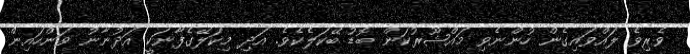
ވެރިވެ ލައްވައިގެން ހުންނެވި މައްޝޫރުކަން ބޮޑު ބޭކަލެކެވެ. އަދި މިކަލޭގެފާނަކީ އަދުނާނު ވަންހައިން